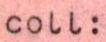
Coll: